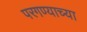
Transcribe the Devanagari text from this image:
परगण्याच्या